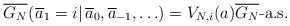
\begin{align*} \overline{G_N} (\left.\overline{a}_1 = i\right| \overline{a}_0, \overline{a}_{-1}, \ldots) = V_{N,i}(a) \overline{G_N} \mbox{-}\mathrm{a.s.}\end{align*}